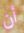
أن